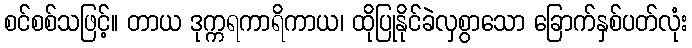
စင်စစ်သဖြင့်။ တာယ ဒုက္ကရကာရိကာယ၊ ထိုပြုနိုင်ခဲလှစွာသော ခြောက်နှစ်ပတ်လုံး